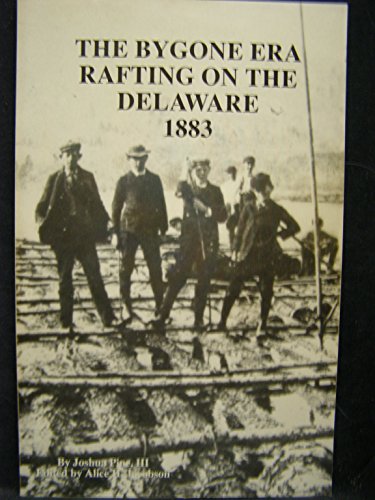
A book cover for The bygone era: Rafting on the Delaware, 1883; Joshua Pine; Sports & Outdoors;